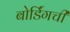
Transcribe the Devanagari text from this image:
बोर्डिंगची